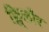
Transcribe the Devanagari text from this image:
फ्लि्लौर